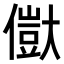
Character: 𠏥